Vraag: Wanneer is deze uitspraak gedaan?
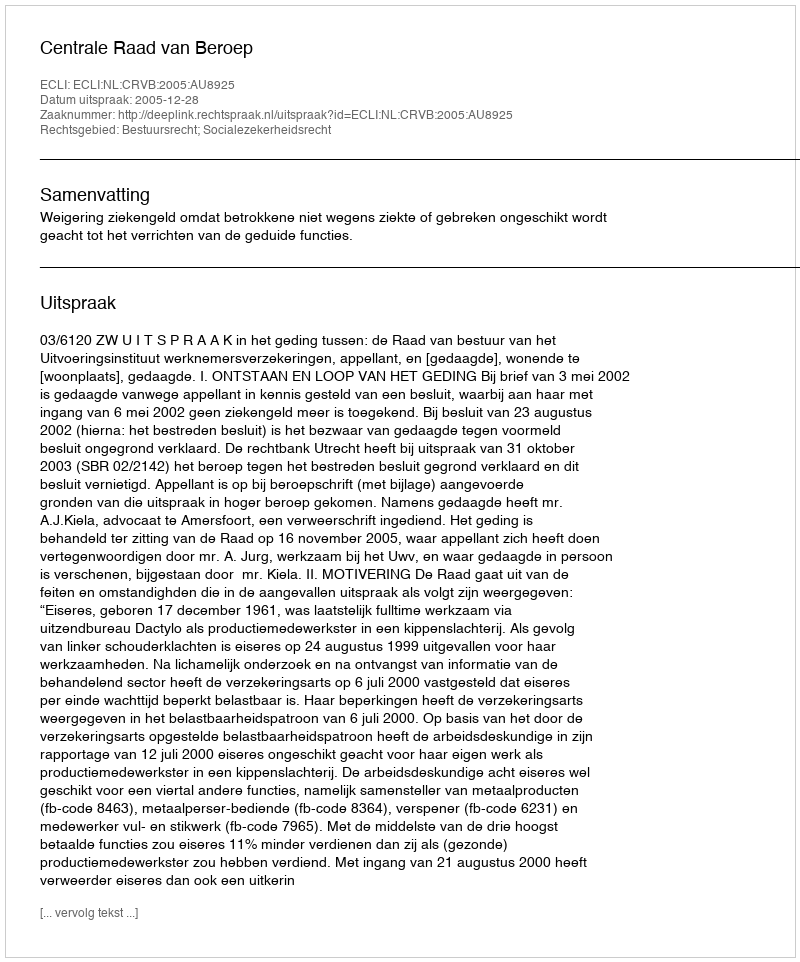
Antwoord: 2005-12-28